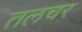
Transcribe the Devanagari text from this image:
तलचर